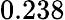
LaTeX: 0.238